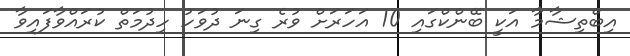
އިބްތިޝާމާ އަކީ ބޭންކްގައި 10 އަހަރަށް ވުރެ ގިނަ ދުވަހު ހިދުމަތް ކުރައްވާފައިވާ